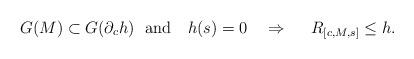
LaTeX: \begin{align*} G(M)\subset G(\partial_c h)\ \ \mathrm{and}\ \ \ h(s)=0\ \ \ \Rightarrow\ \ \ \ R_{[c,M,s]}\leq h.\end{align*}